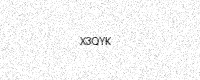
Text: X3QYK